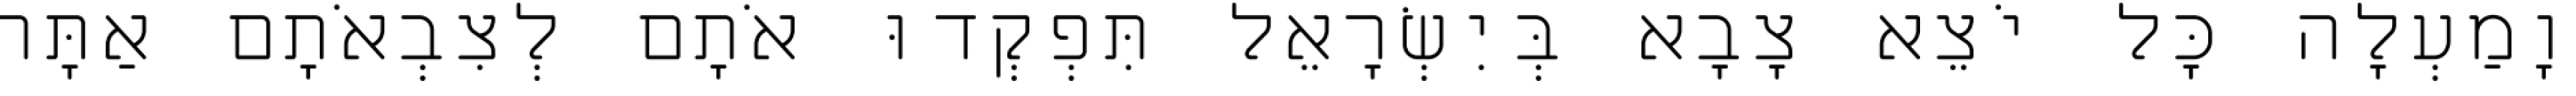
וָמַעְלָה כָּל יֹצֵא צָבָא בְּיִשְׂרָאֵל תִּפְקְדוּ אֹתָם לְצִבְאֹתָם אַתָּה